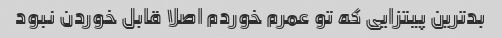
بدترین پیتزایی که تو عمرم خوردم اصلا قابل خوردن نبود